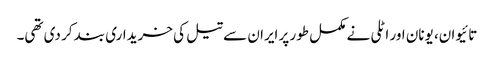
تائیوان، یونان اور اٹلی نے مکمل طور پر ایران سے تیل کی خریداری بند کر دی تھی۔